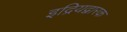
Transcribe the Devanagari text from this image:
इद्रियद्वारक